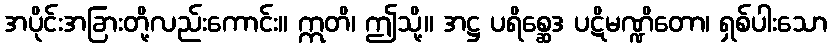
အပိုင်းအခြားတို့လည်းကောင်း။ ဣတိ၊ ဤသို့။ အဋ္ဌ ပရိစ္ဆေဒ ပဋိမဏ္ဍိတော၊ ရှစ်ပါးသော